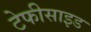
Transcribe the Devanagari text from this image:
टेफीसाइड